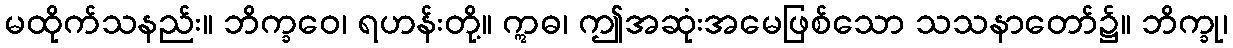
မထိုက်သနည်း။ ဘိက္ခဝေ၊ ရဟန်းတို့။ ဣဓ၊ ဤအဆုံးအမေဖြစ်သော သသနာတော်၌။ ဘိက္ခု၊